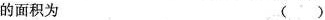
的面积为 ()